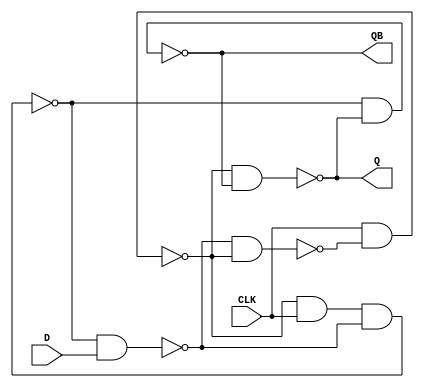
`timescale 1ns/100ps


module D_ET_FF(Q, QB, D, CLK);
	output	Q, QB;
	input	D, CLK;
	wire	w1, w2, S, R;
	
	nand	#(10)nand1(w1, w2, S);
	nand	#(10)nand2(S, CLK, w1);
	nand	#(15)nand3(R, S, CLK, w2);
	nand	#(10)nand4(w2, R, D);
	nand	#(10)nand5(Q, S, QB);
	nand	#(10)nand6(QB, R, Q);
endmodule

module t_D_ET_FF;
	wire	Q, QB;
	reg		D, CLK;
	
	D_ET_FF	M1(Q, QB, D, CLK);
	
	initial begin
		CLK = 0;
		D = 1;
		
		#70 D = 0; #30 CLK = 1; #100 CLK = 0;
		#50 D = 0; #50 CLK = 1; #100 CLK = 0;
		#30 D = 1; #70 CLK = 1; #100 CLK = 0;
		#60 D = 0; #40 CLK = 1; #100 CLK = 0;
		#99 D = 1; #1 CLK = 1; #100 CLK = 0; #100 CLK = 1;
		#50 D = 0; #50 CLK = 0; #100 CLK = 1;
		#1 D = 1; #91 CLK = 0;
	end
	initial #2000 $finish;
	initial $dumpvars;
endmodule